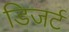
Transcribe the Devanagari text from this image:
डिजर्ट